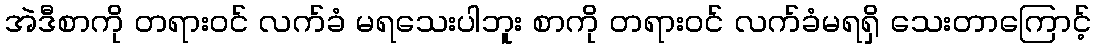
အဲဒီစာကို တရားဝင် လက်ခံ မရသေးပါဘူး စာကို တရားဝင် လက်ခံမရရှိ သေးတာကြောင့်